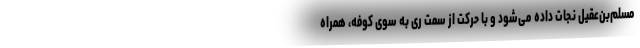
مسلم‌بن‌عقیل نجات داده می‌شود و با حرکت از سمت ری به سوی کوفه، همراه